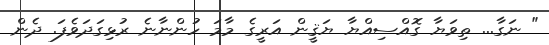
" ނަގާ... ތިވަޔާ ގޮއްސިއްޔާ ޔަޤީން އަރީގެ މާމަ ހުންނާނެ ރުޅިގަދަވެފަ. ދެން